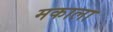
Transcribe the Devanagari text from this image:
मकाला